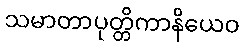
သမာတာပုတ္တိကာနိယေဝ